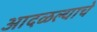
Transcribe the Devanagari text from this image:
आदळल्याचे